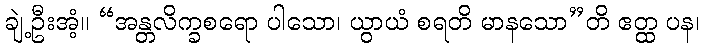
ချဲ့ဦးအံ့။ “အန္တလိက္ခစရော ပါသော၊ ယွာယံ စရတိ မာနသော”တိ ဧတ္ထ ပန၊